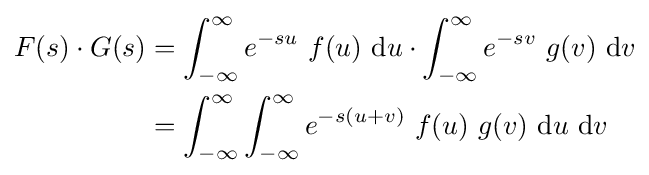
{\begin{aligned}F(s)\cdot G(s)&=\int _{-\infty }^{\infty }e^{-su}\ f(u)\ {\text{d}}u\cdot \int _{-\infty }^{\infty }e^{-sv}\ g(v)\ {\text{d}}v\\&=\int _{-\infty }^{\infty }\int _{-\infty }^{\infty }e^{-s(u+v)}\ f(u)\ g(v)\ {\text{d}}u\ {\text{d}}v\end{aligned}}